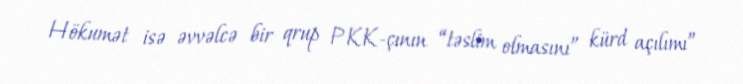
Hökumət isə əvvəlcə bir qrup PKK-çının “təslim olmasını” kürd açılımı”